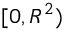
[ 0 , R ^ { 2 } )